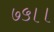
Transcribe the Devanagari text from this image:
७५।।